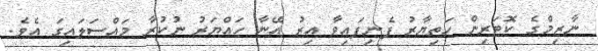
ނާޒިމްގެ ކޮޓަރިން ހަތިޔާރު ފެނިފައިވާ އިރު އޭނާ ހައްޔަރު ނުކުރާ މައްސަލައިގަ އެވެ.